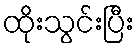
ထိုးသွင်းပြီး